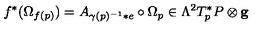
f ^ { * } ( \Omega _ { f ( p ) } ) = A _ { \gamma ( p ) ^ { - 1 } * e } \circ \Omega _ { p } \in \Lambda ^ { 2 } T _ { p } ^ { * } P \otimes { \bf g }